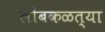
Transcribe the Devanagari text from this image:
लोंबकळत्या